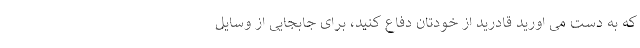
که به دست می اورید قادرید از خودتان دفاع کنید، برای جابجایی از وسایل